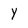
Character: Y